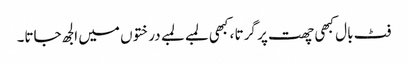
فٹ بال کبھی چھت پر گرتا ، کبھی لمبے لمبے درختوں میں الجھ جاتا۔